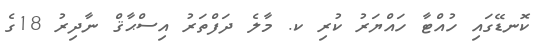
ކޮނޑޭގައި ހުއްޓާ ހައްޔަރު ކުރި ކ. މާލެ ދަފްތަރު އިސްޙާޤް ނާދިރު 18ގެ